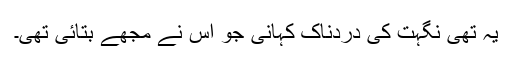
یہ تھی نگہت کی دردناک کہانی جو اس نے مجھے بتائی تھی۔